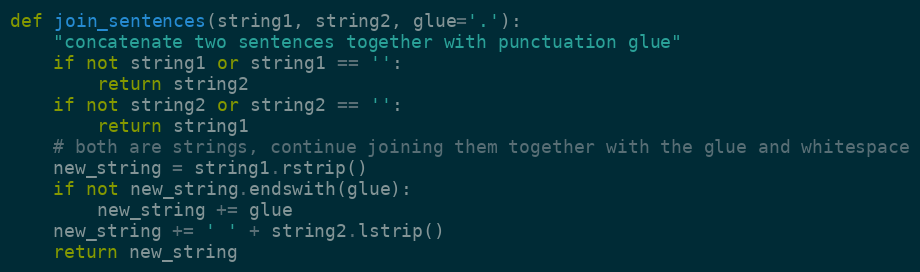
Language: Python
def join_sentences(string1, string2, glue='.'):
    "concatenate two sentences together with punctuation glue"
    if not string1 or string1 == '':
        return string2
    if not string2 or string2 == '':
        return string1
    # both are strings, continue joining them together with the glue and whitespace
    new_string = string1.rstrip()
    if not new_string.endswith(glue):
        new_string += glue
    new_string += ' ' + string2.lstrip()
    return new_string